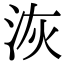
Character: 洃